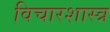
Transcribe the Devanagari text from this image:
विचारशास्त्र